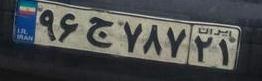
۹۶ج۷۸۷۲۱